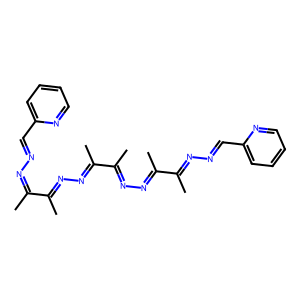
SMILES: CC(=NN=Cc1ccccn1)C(C)=NN=C(C)C(C)=NN=C(C)C(C)=NN=Cc1ccccn1
Inhibits HIV replication: No